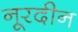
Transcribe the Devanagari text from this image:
नूरदीन